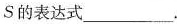
s的表达式___。